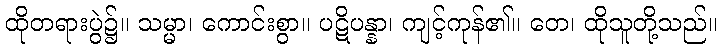
ထိုတရားပွဲ၌။ သမ္မာ၊ ကောင်းစွာ။ ပဋိပန္နာ၊ ကျင့်ကုန်၏။ တေ၊ ထိုသူတို့သည်။